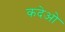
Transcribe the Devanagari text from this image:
कदेओ